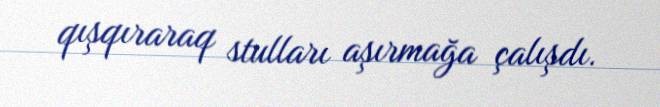
qışqıraraq stulları aşırmağa çalışdı.